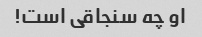
او چه سنجاقی است!